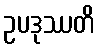
ဥပဒုဿတိ